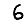
Digit: 6